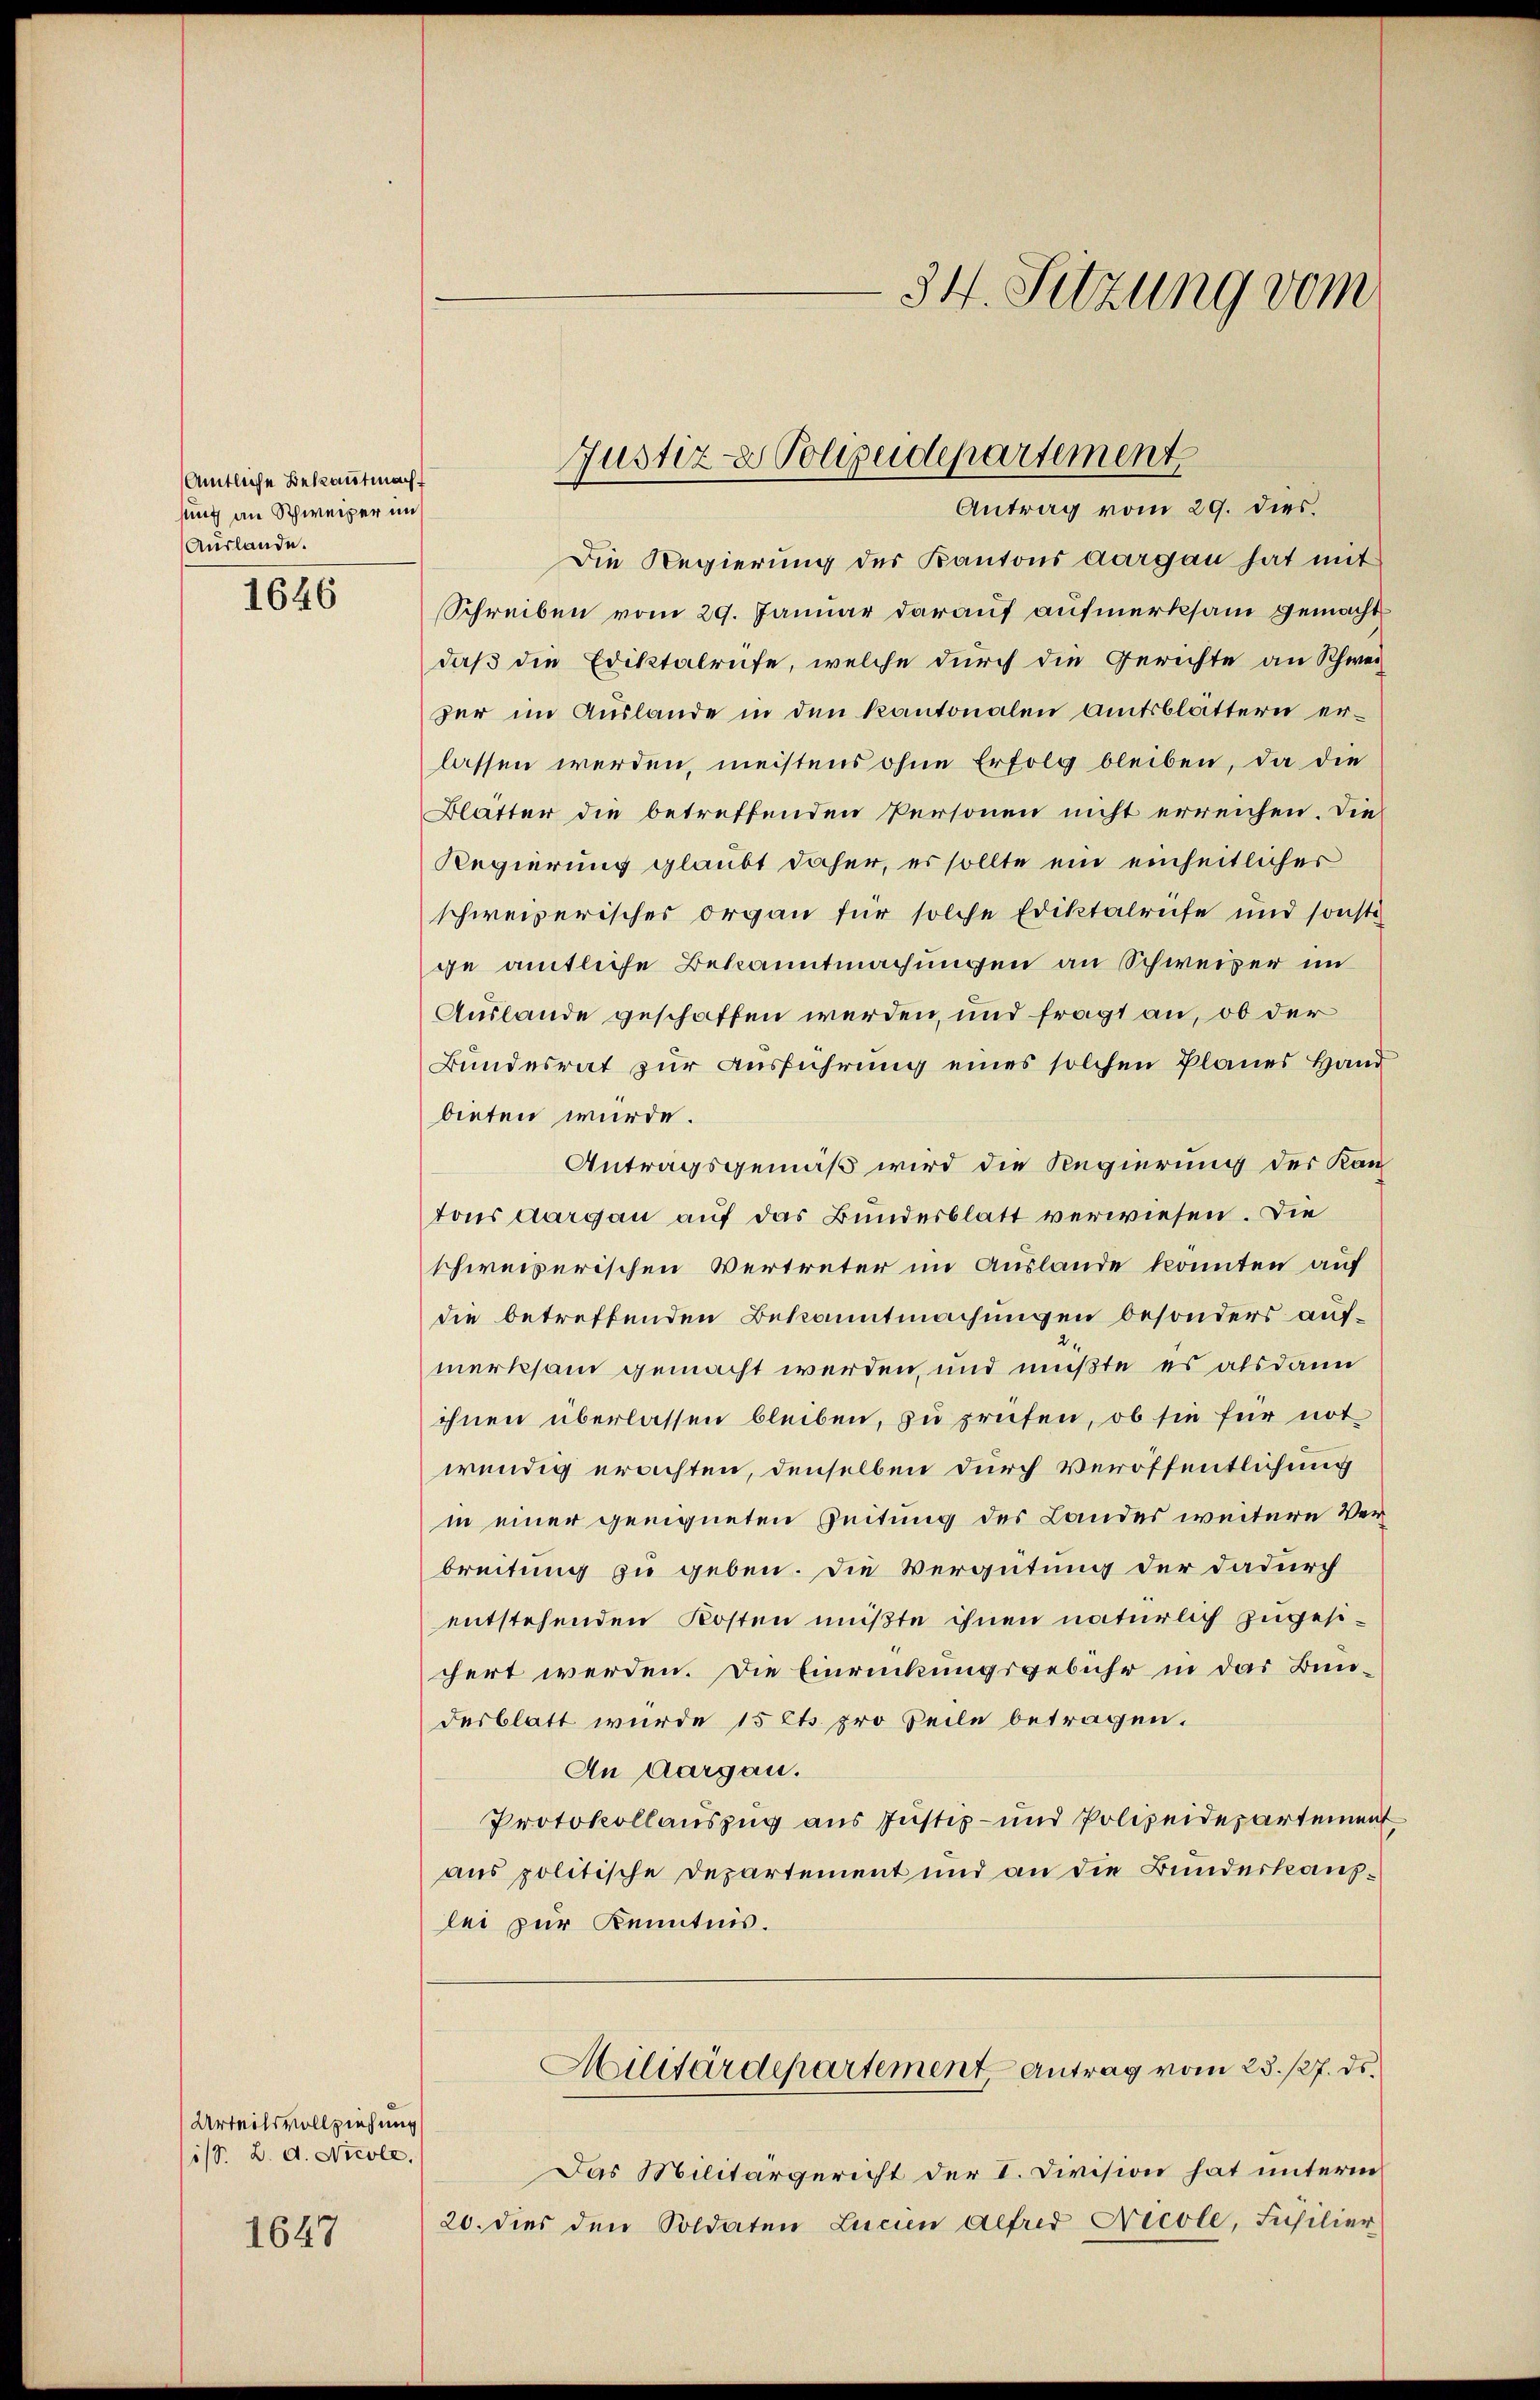
Amtliche Bekanntmacht
sung an Schweizer in
Auslande.

1646

Urteilsvollziehung
1/8. L. d. Nicole,

1647

Die Regierung des Kantons Aargau hat mit
Schreiben vom 29. Januar darauf aufmerksam gemacht
daß die Ediktalrufe, welche durch die Gerichte an Schwei
zer im Auslande in den Kantonalen Amtsblättern erlassen werden, meistens ohne Erfolg bleiben, da die
Blätter die betreffenden Personen nicht erreichen. Die
Regierung glaubt daher, es sollte ein einheitlicher
schweizerisches Organ für solche Ediktalrüfe und sonsti
ge amtliche Bekanntmachungen an Schweizer im
Auslande geschaffen werden, und fragt an, ob der
Bundesrat zur Ausführung eines solchen Planes Hand
bieten würde.
Antragsgemäß wird die Regierung der Kantons Aargau auf das Bundesblatt verwiesen. Die
schweizerischen Vertreter im Auslande konnten auf
die betreffenden Bekanntmachungen besonders aufmerksam gemacht werden, und mußte es alsdann
ihnen überlassen bleiben, zu prüfen, ob sie für not-
wendig erachten, denselben durch veröffentlichung
in einer geeigneten Zeitung des Landes weiteren Verbreitung zu geben. Die Vergütung der dadurch
entstehenden Kosten müßte ihnen natürlich zugesichert werden. Die Einrückungsgebühr in das Bundesblatt wurde 15 Cts. pro Teile betragen.
An Aargau.
Protokollauszug aus Justiz- und Polizeidepartement
aus politische Departement und an die Bunderkauflei zur Kenntnis.

Das Militärgericht der I. Division hat unterm
20. dies den Soldaten Lucien alfred Nicole, Füsilier

34. Setzung vom

Justiz- & Polizeidepartement
Antrag vom 29. dies.

Militärdepartement, Antrag vom 23. 127. ds.